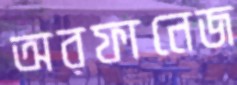
অরফানেজ